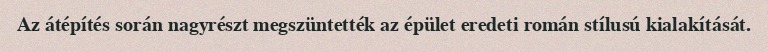
Az átépítés során nagyrészt megszüntették az épület eredeti román stílusú kialakítását.